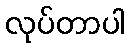
လုပ်တာပါ